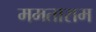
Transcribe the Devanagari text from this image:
ममताराम